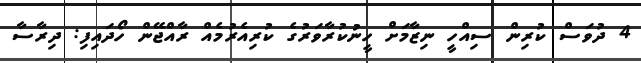
4 ދުވަސް ކުރިން ސިއްހީ ނިޒާމަށް ހީނުކުރާވަރުގެ ކުރިއެރުމެއް ރާއްޖޭން ހޯދައިފި: ދިރާސާ